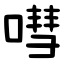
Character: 嘒